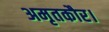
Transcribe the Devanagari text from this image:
अमृतकौर।